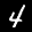
Label: 4